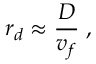
r _ { d } \approx { \frac { D } { v _ { f } } } \; ,